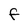
Character: F